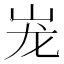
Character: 𰎎